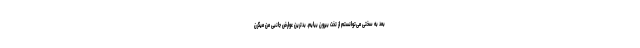
بعد به سختی می‌توانستم از تخت بیرون بیایم. بدترین عوارض جانبی من میگرن